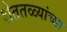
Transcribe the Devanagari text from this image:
शेततळ्यांच्या